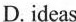
A. trouble B. Problems